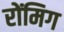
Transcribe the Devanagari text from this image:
रोंमिग